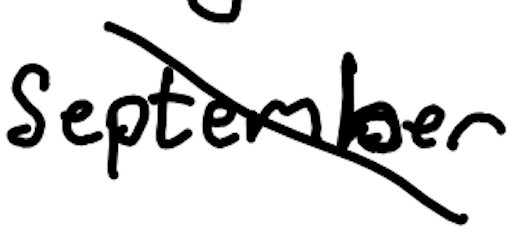
Text: September
Cross-out: mix
Writing tool: digital_black